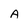
Character: A